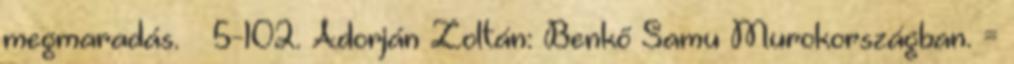
megmaradás. – 5-102. Adorján Zoltán: Benkő Samu Murokországban. =